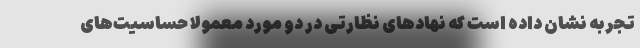
تجربه نشان داده است که نهاد‌های نظارتی در دو مورد معمولا حساسیت‌های